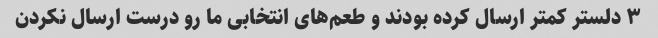
۳ دلستر کمتر ارسال کرده بودند و طعم‌های انتخابی ما رو درست ارسال نکردن